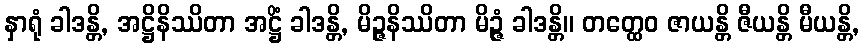
နှာရုံ ခါဒန္တိ, အဋ္ဌိနိဿိတာ အဋ္ဌိံ ခါဒန္တိ, မိဉ္ဇနိဿိတာ မိဉ္ဇံ ခါဒန္တိ။ တတ္ထေဝ ဇာယန္တိ ဇီယန္တိ မီယန္တိ,